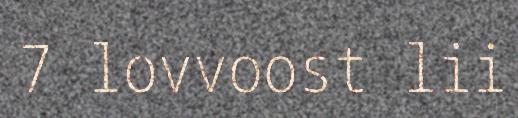
7 lovvoost lii